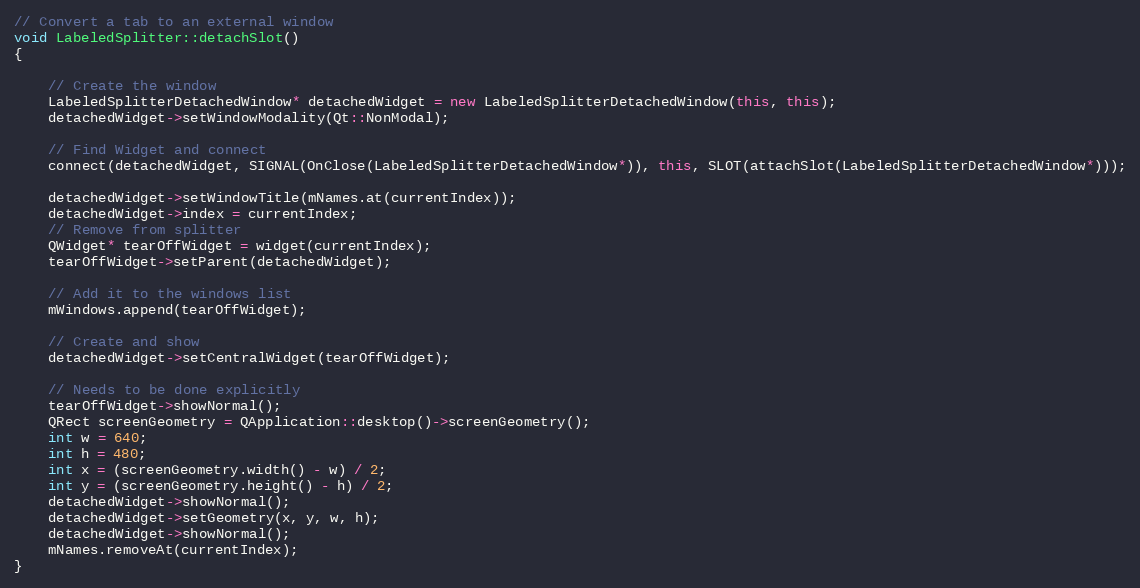
Language: C++
// Convert a tab to an external window
void LabeledSplitter::detachSlot()
{

    // Create the window
    LabeledSplitterDetachedWindow* detachedWidget = new LabeledSplitterDetachedWindow(this, this);
    detachedWidget->setWindowModality(Qt::NonModal);

    // Find Widget and connect
    connect(detachedWidget, SIGNAL(OnClose(LabeledSplitterDetachedWindow*)), this, SLOT(attachSlot(LabeledSplitterDetachedWindow*)));

    detachedWidget->setWindowTitle(mNames.at(currentIndex));
    detachedWidget->index = currentIndex;
    // Remove from splitter
    QWidget* tearOffWidget = widget(currentIndex);
    tearOffWidget->setParent(detachedWidget);

    // Add it to the windows list
    mWindows.append(tearOffWidget);

    // Create and show
    detachedWidget->setCentralWidget(tearOffWidget);

    // Needs to be done explicitly
    tearOffWidget->showNormal();
    QRect screenGeometry = QApplication::desktop()->screenGeometry();
    int w = 640;
    int h = 480;
    int x = (screenGeometry.width() - w) / 2;
    int y = (screenGeometry.height() - h) / 2;
    detachedWidget->showNormal();
    detachedWidget->setGeometry(x, y, w, h);
    detachedWidget->showNormal();
    mNames.removeAt(currentIndex);
}